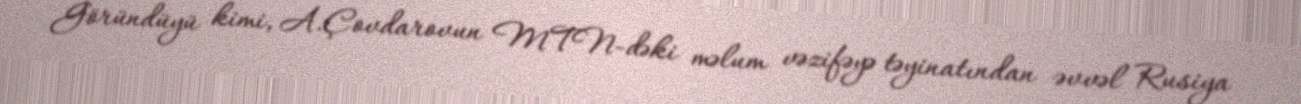
Göründüyü kimi, A.Çovdarovun MTN-dəki məlum vəzifəyə təyinatından əvvəl Rusiya